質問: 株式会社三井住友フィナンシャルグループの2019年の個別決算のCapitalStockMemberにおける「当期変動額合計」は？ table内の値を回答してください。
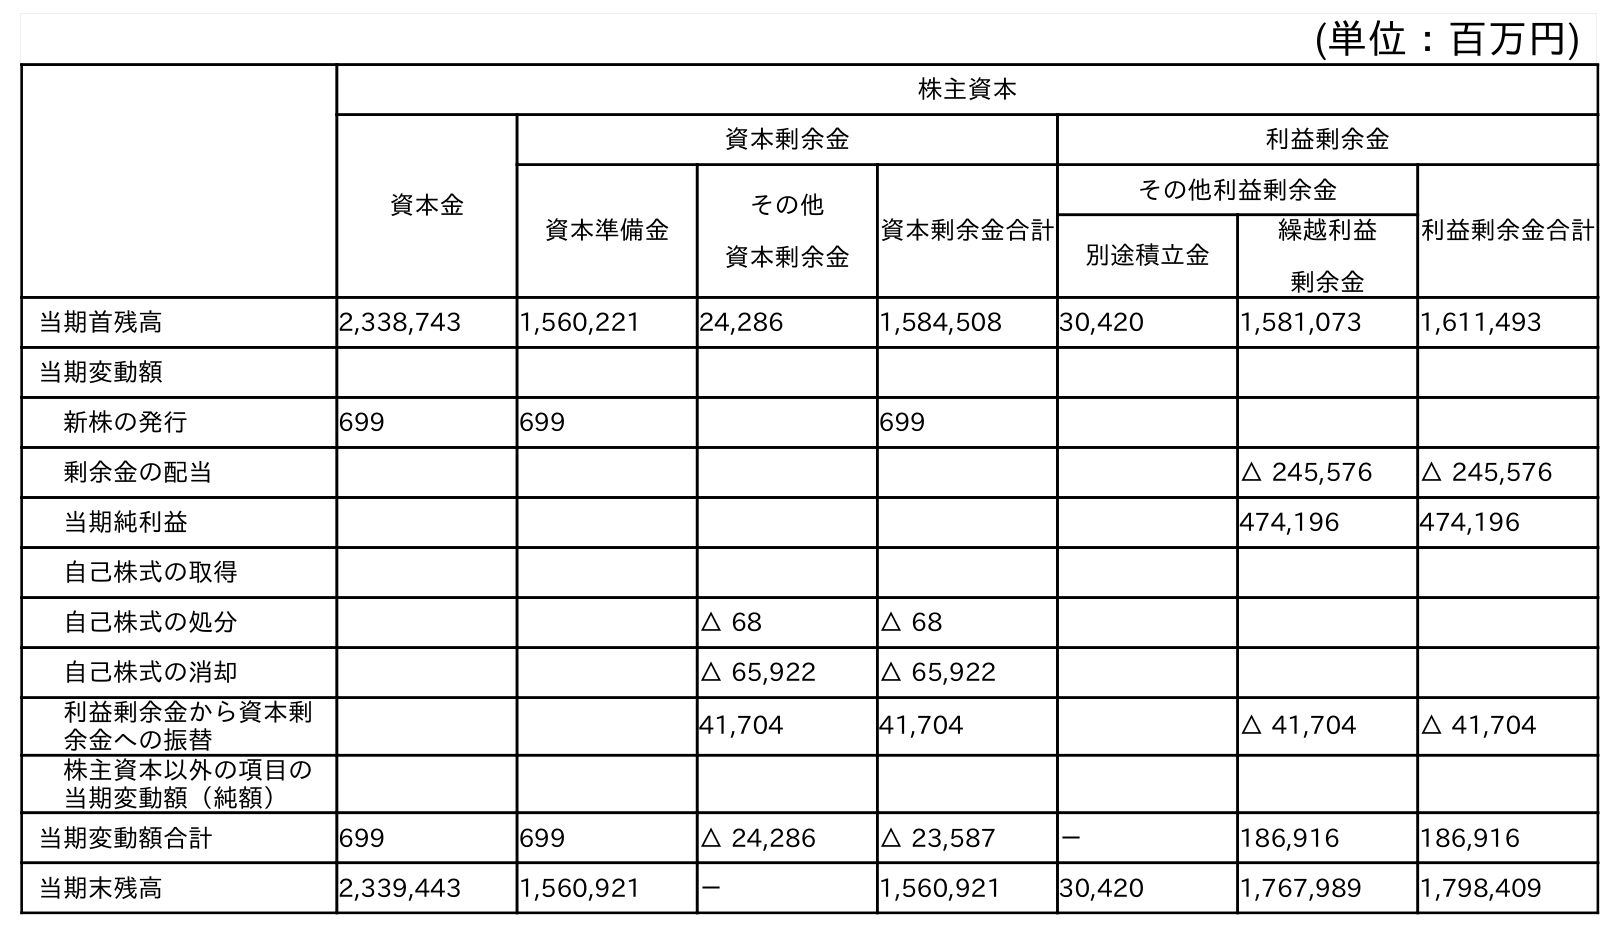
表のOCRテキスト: (単位：百万円) 株主資本 資本金 資本剰余金 利益剰余金 資本準備金 その他 資本剰余金 資本剰余金合計 その他利益剰余金 利益剰余金合計 別途積立金 繰越利益 剰余金 当期首残高 2,338,743 1,560,221 24,286 1,584,508 30,420 1,581,073 1,611,493 当期変動額 新株の発行 699 699 699 剰余金の配当 △ 245,576 △ 245,576 当期純利益 474,196 474,196 自己株式の取得 自己株式の処分 △ 68 △ 68 自己株式の消却 △ 65,922 △ 65,922 利益剰余金から資本剰 余金への振替 41,704 41,704 △ 41,704 △ 41,704 株主資本以外の項目の 当期変動額（純額） 当期変動額合計 699 699 △ 24,286 △ 23,587 － 186,916 186,916 当期末残高 2,339,443 1,560,921 － 1,560,921 30,420 1,767,989 1,798,409
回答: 699